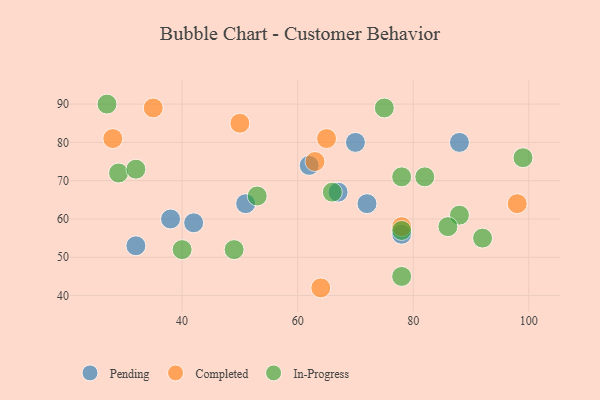
{"axis": {"x": "GDP", "y": "Life Expectancy"}, "legend": ["Completed", "In-Progress", "Pending"], "data": [{"x": "38", "y": 60, "type": "Pending"}, {"x": "78", "y": 56, "type": "Pending"}, {"x": "32", "y": 53, "type": "Pending"}, {"x": "62", "y": 74, "type": "Pending"}, {"x": "70", "y": 80, "type": "Pending"}, {"x": "67", "y": 67, "type": "Pending"}, {"x": "88", "y": 80, "type": "Pending"}, {"x": "42", "y": 59, "type": "Pending"}, {"x": "72", "y": 64, "type": "Pending"}, {"x": "51", "y": 64, "type": "Pending"}, {"x": "50", "y": 85, "type": "Completed"}, {"x": "98", "y": 64, "type": "Completed"}, {"x": "35", "y": 89, "type": "Completed"}, {"x": "78", "y": 58, "type": "Completed"}, {"x": "28", "y": 81, "type": "Completed"}, {"x": "65", "y": 81, "type": "Completed"}, {"x": "64", "y": 42, "type": "Completed"}, {"x": "63", "y": 75, "type": "Completed"}, {"x": "66", "y": 67, "type": "In-Progress"}, {"x": "78", "y": 57, "type": "In-Progress"}, {"x": "49", "y": 52, "type": "In-Progress"}, {"x": "29", "y": 72, "type": "In-Progress"}, {"x": "75", "y": 89, "type": "In-Progress"}, {"x": "27", "y": 90, "type": "In-Progress"}, {"x": "78", "y": 71, "type": "In-Progress"}, {"x": "92", "y": 55, "type": "In-Progress"}, {"x": "99", "y": 76, "type": "In-Progress"}, {"x": "78", "y": 45, "type": "In-Progress"}, {"x": "32", "y": 73, "type": "In-Progress"}, {"x": "53", "y": 66, "type": "In-Progress"}, {"x": "88", "y": 61, "type": "In-Progress"}, {"x": "40", "y": 52, "type": "In-Progress"}, {"x": "82", "y": 71, "type": "In-Progress"}, {"x": "86", "y": 58, "type": "In-Progress"}]}